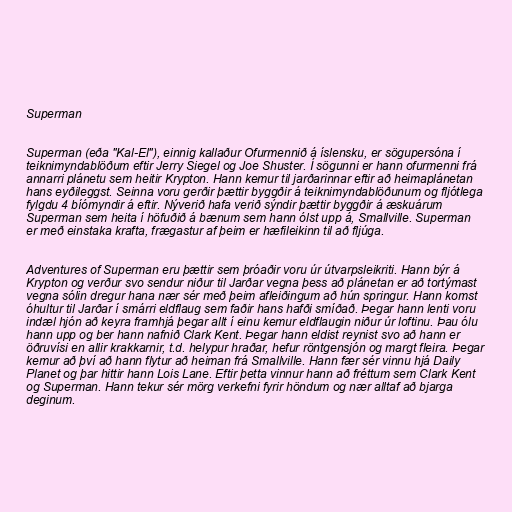
Superman

Superman (eða "Kal-El"), einnig kallaður Ofurmennið á íslensku, er sögupersóna í
teiknimyndablöðum eftir Jerry Siegel og Joe Shuster. Í sögunni er hann ofurmenni frá
annarri plánetu sem heitir Krypton. Hann kemur til jarðarinnar eftir að heimaplánetan
hans eyðileggst. Seinna voru gerðir þættir byggðir á teiknimyndablöðunum og fljótlega
fylgdu 4 bíómyndir á eftir. Nýverið hafa verið sýndir þættir byggðir á æskuárum
Superman sem heita í höfuðið á bænum sem hann ólst upp á, Smallville. Superman
er með einstaka krafta, frægastur af þeim er hæfileikinn til að fljúga.

Adventures of Superman eru þættir sem þróaðir voru úr útvarpsleikriti. Hann býr á
Krypton og verður svo sendur niður til Jarðar vegna þess að plánetan er að tortýmast
vegna sólin dregur hana nær sér með þeim afleiðingum að hún springur. Hann komst
óhultur til Jarðar í smárri eldflaug sem faðir hans hafði smíðað. Þegar hann lenti voru
indæl hjón að keyra framhjá þegar allt í einu kemur eldflaugin niður úr loftinu. Þau ólu
hann upp og ber hann nafnið Clark Kent. Þegar hann eldist reynist svo að hann er
öðruvísi en allir krakkarnir, t.d. helypur hraðar, hefur röntgensjón og margt fleira. Þegar
kemur að því að hann flytur að heiman frá Smallville. Hann fær sér vinnu hjá Daily
Planet og þar hittir hann Lois Lane. Eftir þetta vinnur hann að fréttum sem Clark Kent
og Superman. Hann tekur sér mörg verkefni fyrir höndum og nær alltaf að bjarga
deginum.